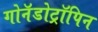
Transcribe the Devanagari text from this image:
गोनॅडोट्रॉपिन